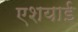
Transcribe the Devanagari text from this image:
एशयाई